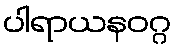
ပါရာယနဝဂ္ဂ